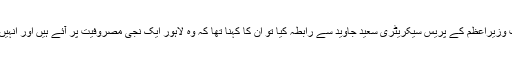
بعدازاں انڈپینڈنٹ اردو نے جب وزیراعظم کے پریس سیکریٹری سعید جاوید سے رابطہ کیا تو ان کا کہنا تھا کہ وہ لاہور ایک نجی مصروفیت پر آئے ہیں اور انہیں خط کی موصولی کا علم نہیں۔